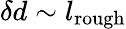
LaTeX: \delta d\sim l_{\mathrm{rough}}